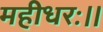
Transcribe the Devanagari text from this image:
महीधरः।।